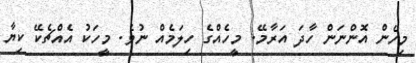
މިހެން އޮންނަން ހާދަ އަރާމޭ. މީހެއްގެ ހިލަމެއް ނުވެ. މީހަކު އެއްޗެކޭ ކިޔާ